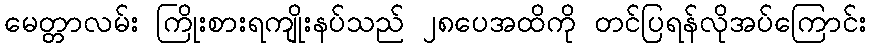
မေတ္တာလမ်း ကြိုးစားရကျိုးနပ်သည် ၂၈ပေအထိကို တင်ပြရန်လိုအပ်ကြောင်း